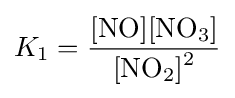
K_{1}={\frac {{\ce {[NO][NO3]}}}{{\ce {[NO2]^2}}}}